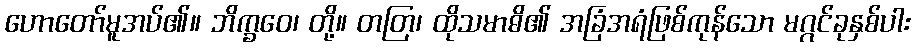
ဟောတော်မူအပ်၏။ ဘိက္ခဝေ၊ တို့။ တတြ၊ ထိုသမာဓိ၏ အခြံအရံဖြစ်ကုန်သော မဂ္ဂင်ခုနှစ်ပါး